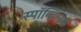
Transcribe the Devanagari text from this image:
स्पॉन्डिलस